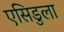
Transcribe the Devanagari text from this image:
एसिडुला